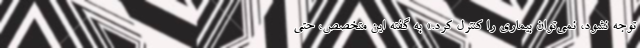
توجه نشود، نمی‌توان بیماری را کنترل کرد.» به گفته این متخصص، حتی